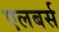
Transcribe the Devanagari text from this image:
एलबर्स